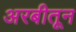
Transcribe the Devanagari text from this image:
अरबीतून